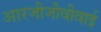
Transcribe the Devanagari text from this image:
आरजीजीवीवाई